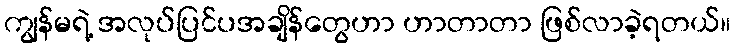
ကျွန်မရဲ့ အလုပ်ပြင်ပအချိန်တွေဟာ ဟာတာတာ ဖြစ်လာခဲ့ရတယ်။